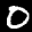
Label: 0